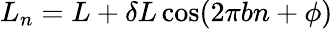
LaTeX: L_{n}=L+\delta L\cos(2\pi bn+\phi)